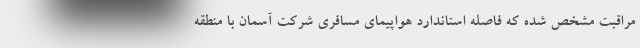
مراقبت مشخص شده که فاصله استاندارد هواپیمای مسافری شرکت آسمان با منطقه